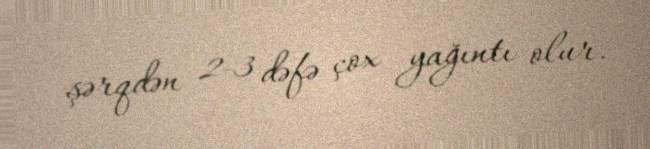
şərqdən 2-3 dəfə çox yağıntı olur.